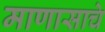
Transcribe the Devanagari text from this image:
माणासाचे